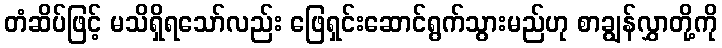
တံဆိပ်ဖြင့် မသိရှိရသော်လည်း ဖြေရှင်းဆောင်ရွက်သွားမည်ဟု စာချွန်လွှာတို့ကို